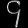
Digit: ၄